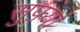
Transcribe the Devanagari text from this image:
सुफ़्यां